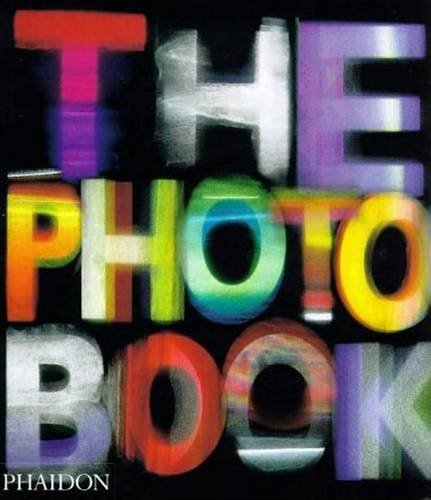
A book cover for The Photography Book; Editors of Phaidon Press; Arts & Photography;